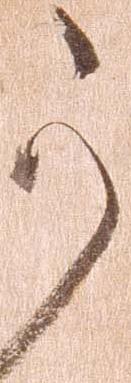
か